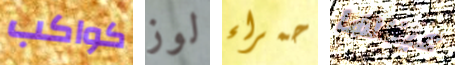
كواكب لوز حمراء عيناها